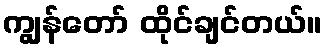
ကျွန်တော် ထိုင်ချင်တယ်။